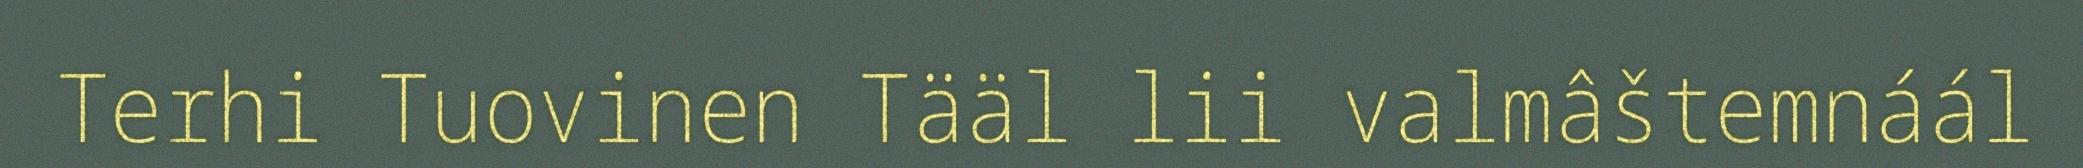
Terhi Tuovinen Tääl lii valmâštemnáál